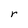
Character: r